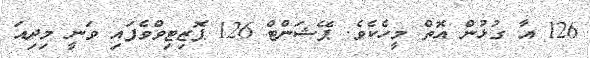
126 އާ ގުޅުން އޮތް މީހެކެވެ. ޕޭޝަންޓް 126 ޕޮޒިޓިވްވެފައި ވަނީ މިދިއަ